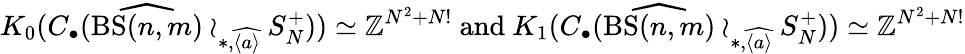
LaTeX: K_{0}(C_{\bullet}(\widehat{\mathrm{BS}(n,m)}\wr_{\ast,\widehat{\langle a\rangle}}S_{N}^{+}))\simeq\mathbb{Z}^{N^{2}+N!}\mathrm{~and~}K_{1}(C_{\bullet}(\widehat{\mathrm{BS}(n,m)}\wr_{\ast,\widehat{\langle a\rangle}}S_{N}^{+}))\simeq\mathbb{Z}^{N^{2}+N!}